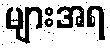
များအရ